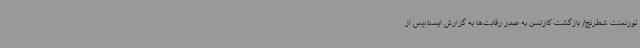
تورنمنت شطرنج/ بازگشت کارلسن به صدر رقابت‌ها به گزارش ایسنا،پس از